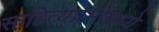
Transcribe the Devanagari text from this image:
साहित्यप्रेमींमध्ये